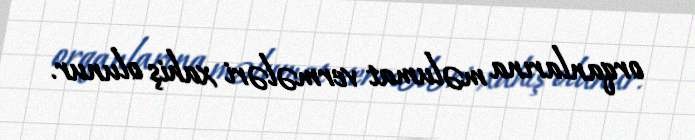
orqanlarına məlumat vermələri xahiş olunur.